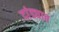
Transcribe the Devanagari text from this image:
दांड्यात